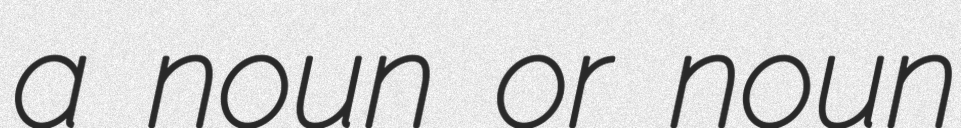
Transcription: a noun or noun